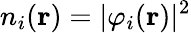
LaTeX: n_{i}(\mathbf{r})=\vert\varphi_{i}(\mathbf{r})\vert^{2}